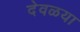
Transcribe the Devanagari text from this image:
देवळया